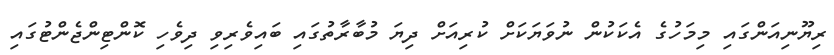
ރިޔޫނިއަންގައި މިމަހުގެ އެކަކުން ނުވަޔަކަށް ކުރިއަށް ދިޔަ މުބާރާތުގައި ބައިވެރިވި ދިވެހި ކޮންޓިންޖެންޓުގައި